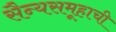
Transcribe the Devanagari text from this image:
सैन्यसमूहाची